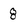
Character: 8